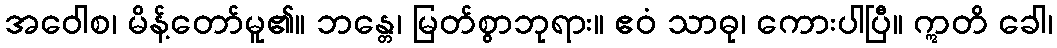
အဝေါစ၊ မိန့်တော်မူ၏။ ဘန္တေ၊ မြတ်စွာဘုရား။ ဧဝံ သာဓု၊ ကေားပါပြီ။ ဣတိ ခေါ၊